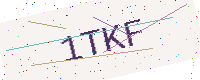
Text: 1TKF